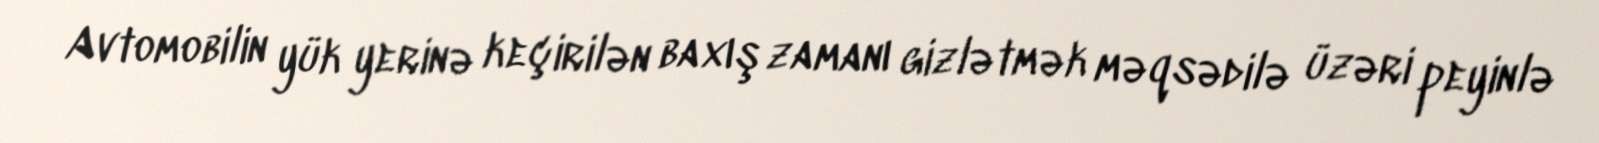
Avtomobilin yük yerinə keçirilən baxış zamanı gizlətmək məqsədilə üzəri peyinlə